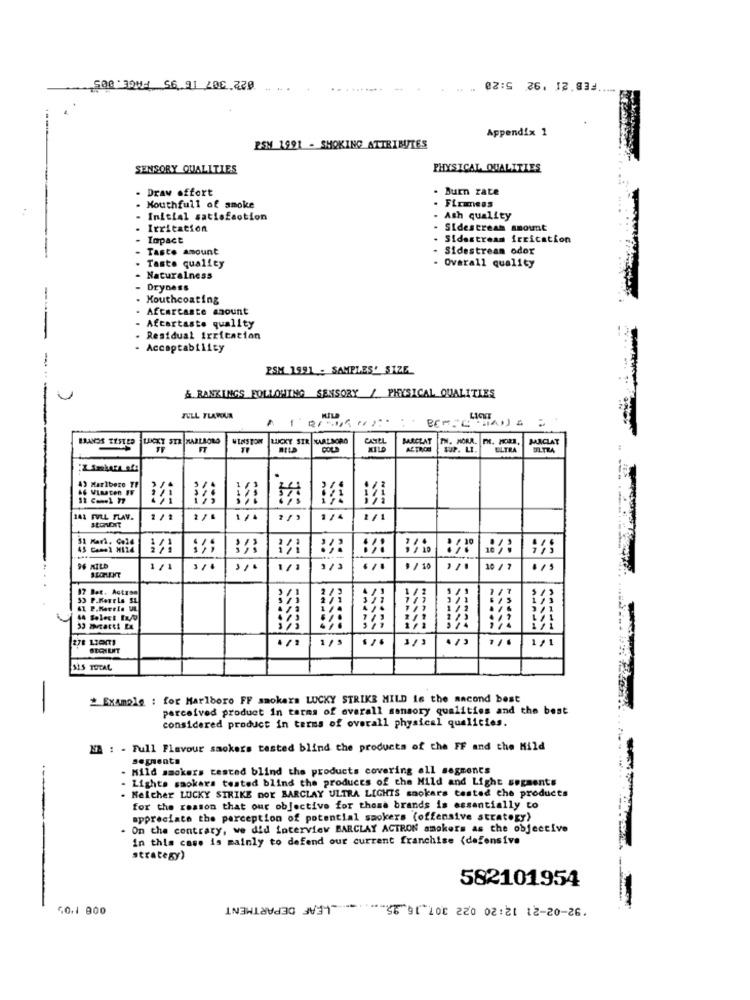
FEB 21 '92 5:20
500 390: 56 91 20C 220
Appendix 1
RSM 1991 - SMOKING ATTRIBUTES
SENSORY QUALITIES
PHYSICAL QUALITIES
Draw offort
. Burn rate
FLEmess
Mouthfull of smoke
Initial satisfaction
Ash quality
Irritation
Sidescream amount
Impact
Sidestream irrication
Taste amount
Sidestream odor
Taste quality
Overall quality
Naturalness
Dryness
-
Mouthcoating
Afcarcaste amount
Aftertaste quality
. Residual irritation
· Acceptability
PSM 1991 . SAMPLES' SIZE
---
& RANKINGS FOLLOWING SENSORY / PHYSICAL QUALITIES
TULL TLAPOUR
BRANDS TESTED
LINKT STR MARLBORO
WINSTON
LUCKY SIR KARLSORG
MARCLAT
MACLAT
FT
COLD
KILD
ACTROS
SUP. LI.
ELTRA
43 Marlboro TF
141 FULL TLAV.
2/1
1/1
211
11
96 MILD
1/1
1/1
* / 10
10 / 7
17 Bat. Action
53 P.Morele SL
111
371
1/2
44 Select Info
..
53 mhatti LE
1/1
515 TOTAL
-
# Example : for Marlboro FF smokers LUCKY STRIKE MILD Is the aacond best
perceived product in terms of overall sensory qualities and the best
considered product in terms of overall physical qualities.
NB : - Full Flavour smokers tested blind the products of the FF and the Mild
segments
Mild smokers tested blind the products covering all segments
Lights smokers tested blind the products of the Mild and Light segments
Neither LUCKY STRIKE Dor BARCLAY ULTRA LIGHTS snokars tested che products
for the reason that our objective for those brands is essentially to
appreciate the perception of potential smokers (offensive strategy)
On the contrary, we did interview BARCLAY ACTRON smokers as the objective
--
in this case is mainly to defend our current franchise (defensive
strategy)
582101954
92-02-21 12:20 022 307 16 95 LEAF DEPARTMENT
50.1 900